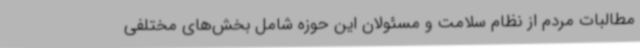
مطالبات مردم از نظام سلامت و مسئولان این حوزه شامل بخش‌های مختلفی